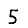
Digit: 5